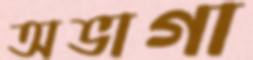
অভাগা